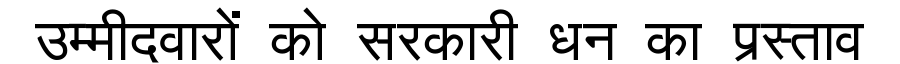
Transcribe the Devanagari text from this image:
उम्मीदवारों को सरकारी धन का प्रस्ताव